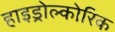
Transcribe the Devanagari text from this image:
हाइड्रोल्कोरिक